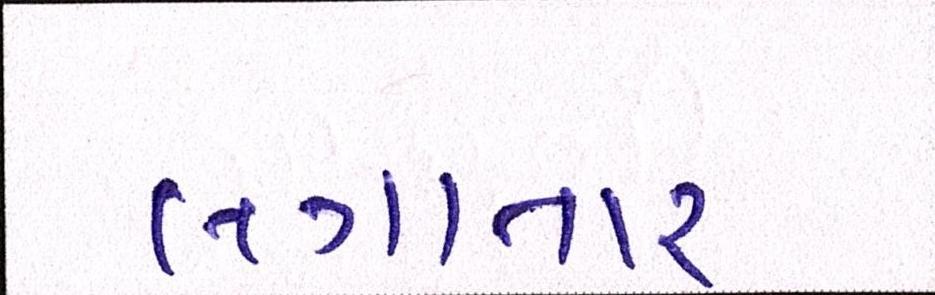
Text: લગાતાર